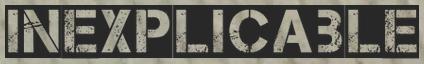
INEXPLICABLE